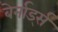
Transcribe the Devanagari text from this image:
बेर्नार्ड्स